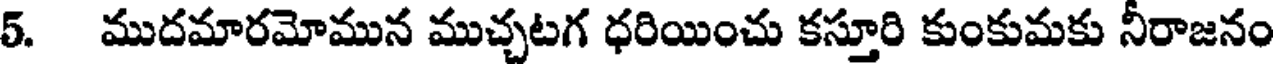
5. ముదమారమోమున ముచ్చటగ ధరియించు కస్తూరి కుంకుమకు నీరాజనం